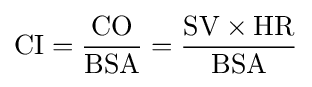
{\text{CI}}={\frac {\text{CO}}{\text{BSA}}}={\frac {{\text{SV}}\times {\text{HR}}}{\text{BSA}}}